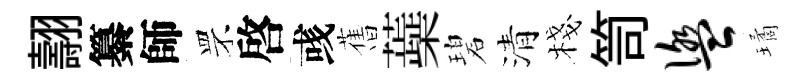
翿纂師罘啓彧𦾔蘃碧清棧笥盥璚